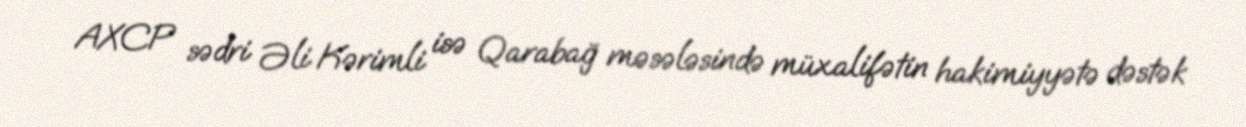
AXCP sədri Əli Kərimli isə Qarabağ məsələsində müxalifətin hakimiyyətə dəstək